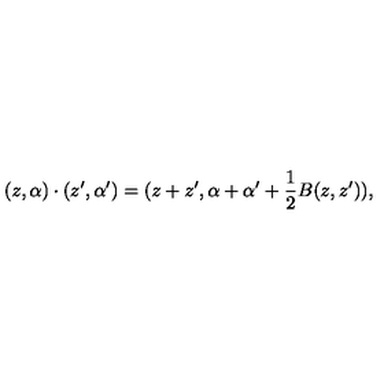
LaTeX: ( z , \alpha ) \cdot ( z ^ { \prime } , \alpha ^ { \prime } ) = ( z + z ^ { \prime } , \alpha + \alpha ^ { \prime } + \frac 1 2 B ( z , z ^ { \prime } ) ) ,